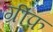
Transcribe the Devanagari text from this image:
ग्रीफ़